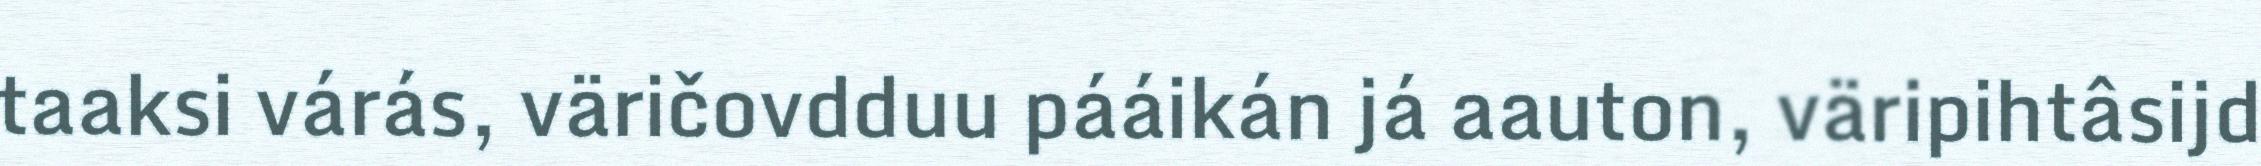
taaksi várás, väričovdduu pááikán já aauton, väripihtâsijd